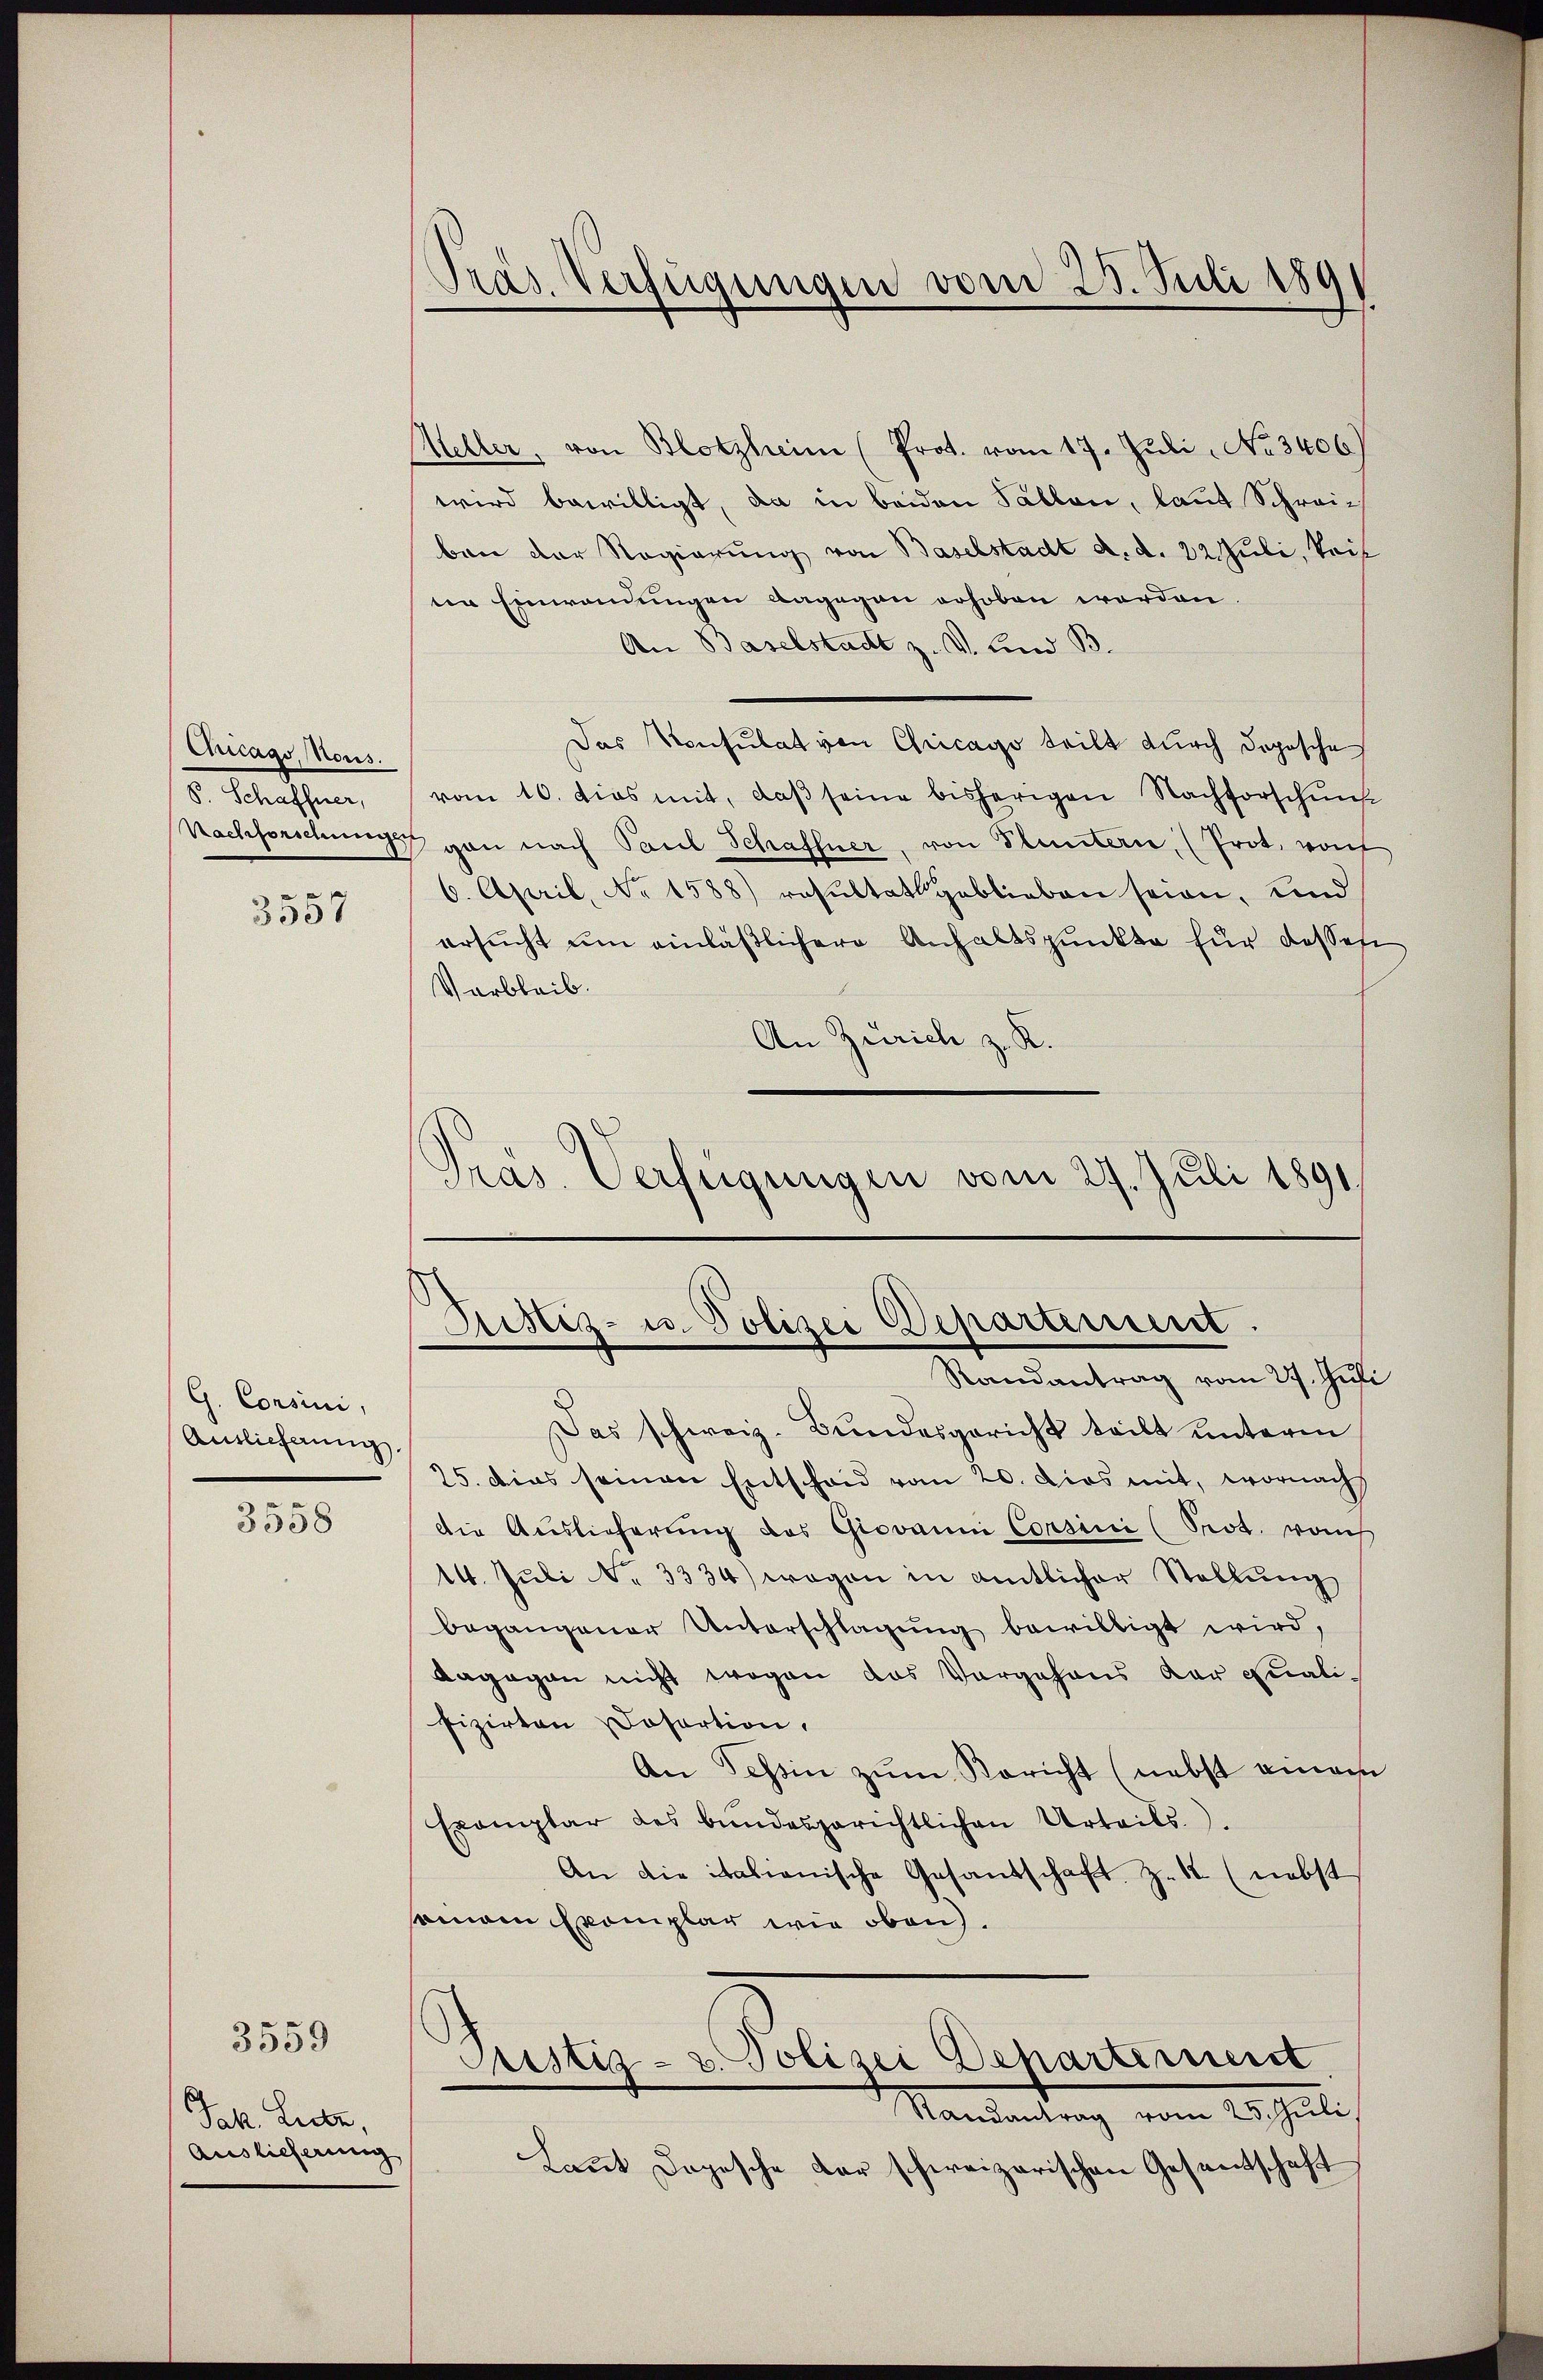
Chicags, Nous.
S. Schaffner,

3557

G. Consini,
Auslieferung.

3558

Jak. Liebe,
Auslieferung

3559

Präs. Verfügungen vom 23. Juli 1891

eller, von Blotzheim (Prot. vom 17. Jŭli No 3406)
wird bewilligt, da in beiden Tallen, laut Schrei-
ben der Regierung von Baselstadt d. d. 22. Juli, Reif
ten Einwendungen dagegen erhoben worden.
An Baselstadt z. V. und B
Das Konsulat von Chicago teilt durch doposche
vom 10. dies mit, daß seine bisherigen Nachforschung
Nachforschung gan nach Paul Schaffner, von Pluntern, (Prot. von
6. April, No 1588) resultat geblieben seien, und
ersŭcht ŭm einläßlichere Anhaltspunkte für dasses
Varbleib.
An Zürich z. R.
Pras. Verfügungen vom 27. Juli 1891

Ristiz- u. Polizei Departement.
Randantrag vom 27. Juli

Das schweiz. Bundesgericht teilt unterm
25. dies seinen Entscheid vom 20. Dies mit, wornach
Die Auslieferung des Giovanni Consini (Sot. woh
14. Juli No 3334) wegen in amtlicher Stellung
begangener Unterschlagung bewilligt wird,
dagegen nicht wegen das Vorgehens der Qualifizirten Dosartion,
An Tessin zum Bericht (nebst einem
Exemplar des bundesgerichtlichen Urteils.
An die italienische Gesandschaft. Z. 12 (nebst
semann Exemplar wie oben.
Justiz- u. Polizei Departernerst
Randantrag vom 25. Juli,
Laut Dogesche der schweizerischen Gesandtschaft